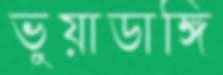
ভুয়াডাঙ্গি